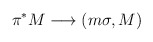
\begin{align*}\pi^{*}M \longrightarrow (m\sigma, M)\end{align*}